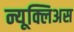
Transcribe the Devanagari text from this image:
न्यूक्लिअस